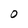
Character: O